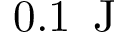
0 . 1 \, \mathrm { ~ J ~ }